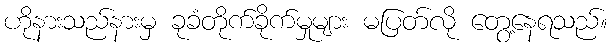
ဟိုနားသည်နားမှ ခုခံတိုက်ခိုက်မှုများ မပြတ်လို တွေ့နေရသည်။